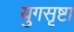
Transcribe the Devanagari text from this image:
युगसृष्टा